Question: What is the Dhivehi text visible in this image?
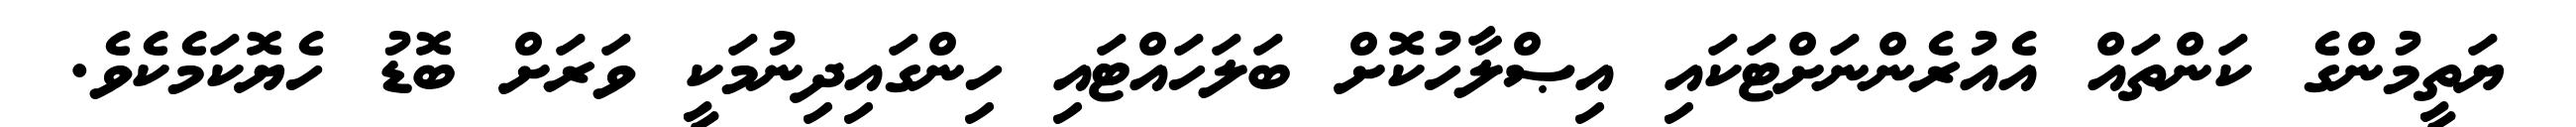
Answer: ޔަތީމުންގެ ކަންތައް އެއުރެންނަށްޓަކައި އިޞްލާހުކޮށް ބަލަހައްޓައި ހިންގައިދިނުމަކީ ވަރަށް ބޮޑު ހެޔޮކަމެކެވެ.